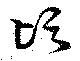
頃